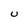
Character: U